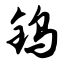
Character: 钨